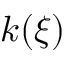
k ( \xi )